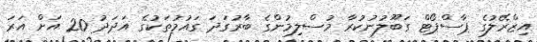
އިޒްރޭލުގެ ޕާސްޕޯޓް ގަބޫލުނުކުރާ މުސްލިމުންގެ ބާރުގަދަ ގައުމުތަކުގެ އަދަދު 20 އަށް އަރަ